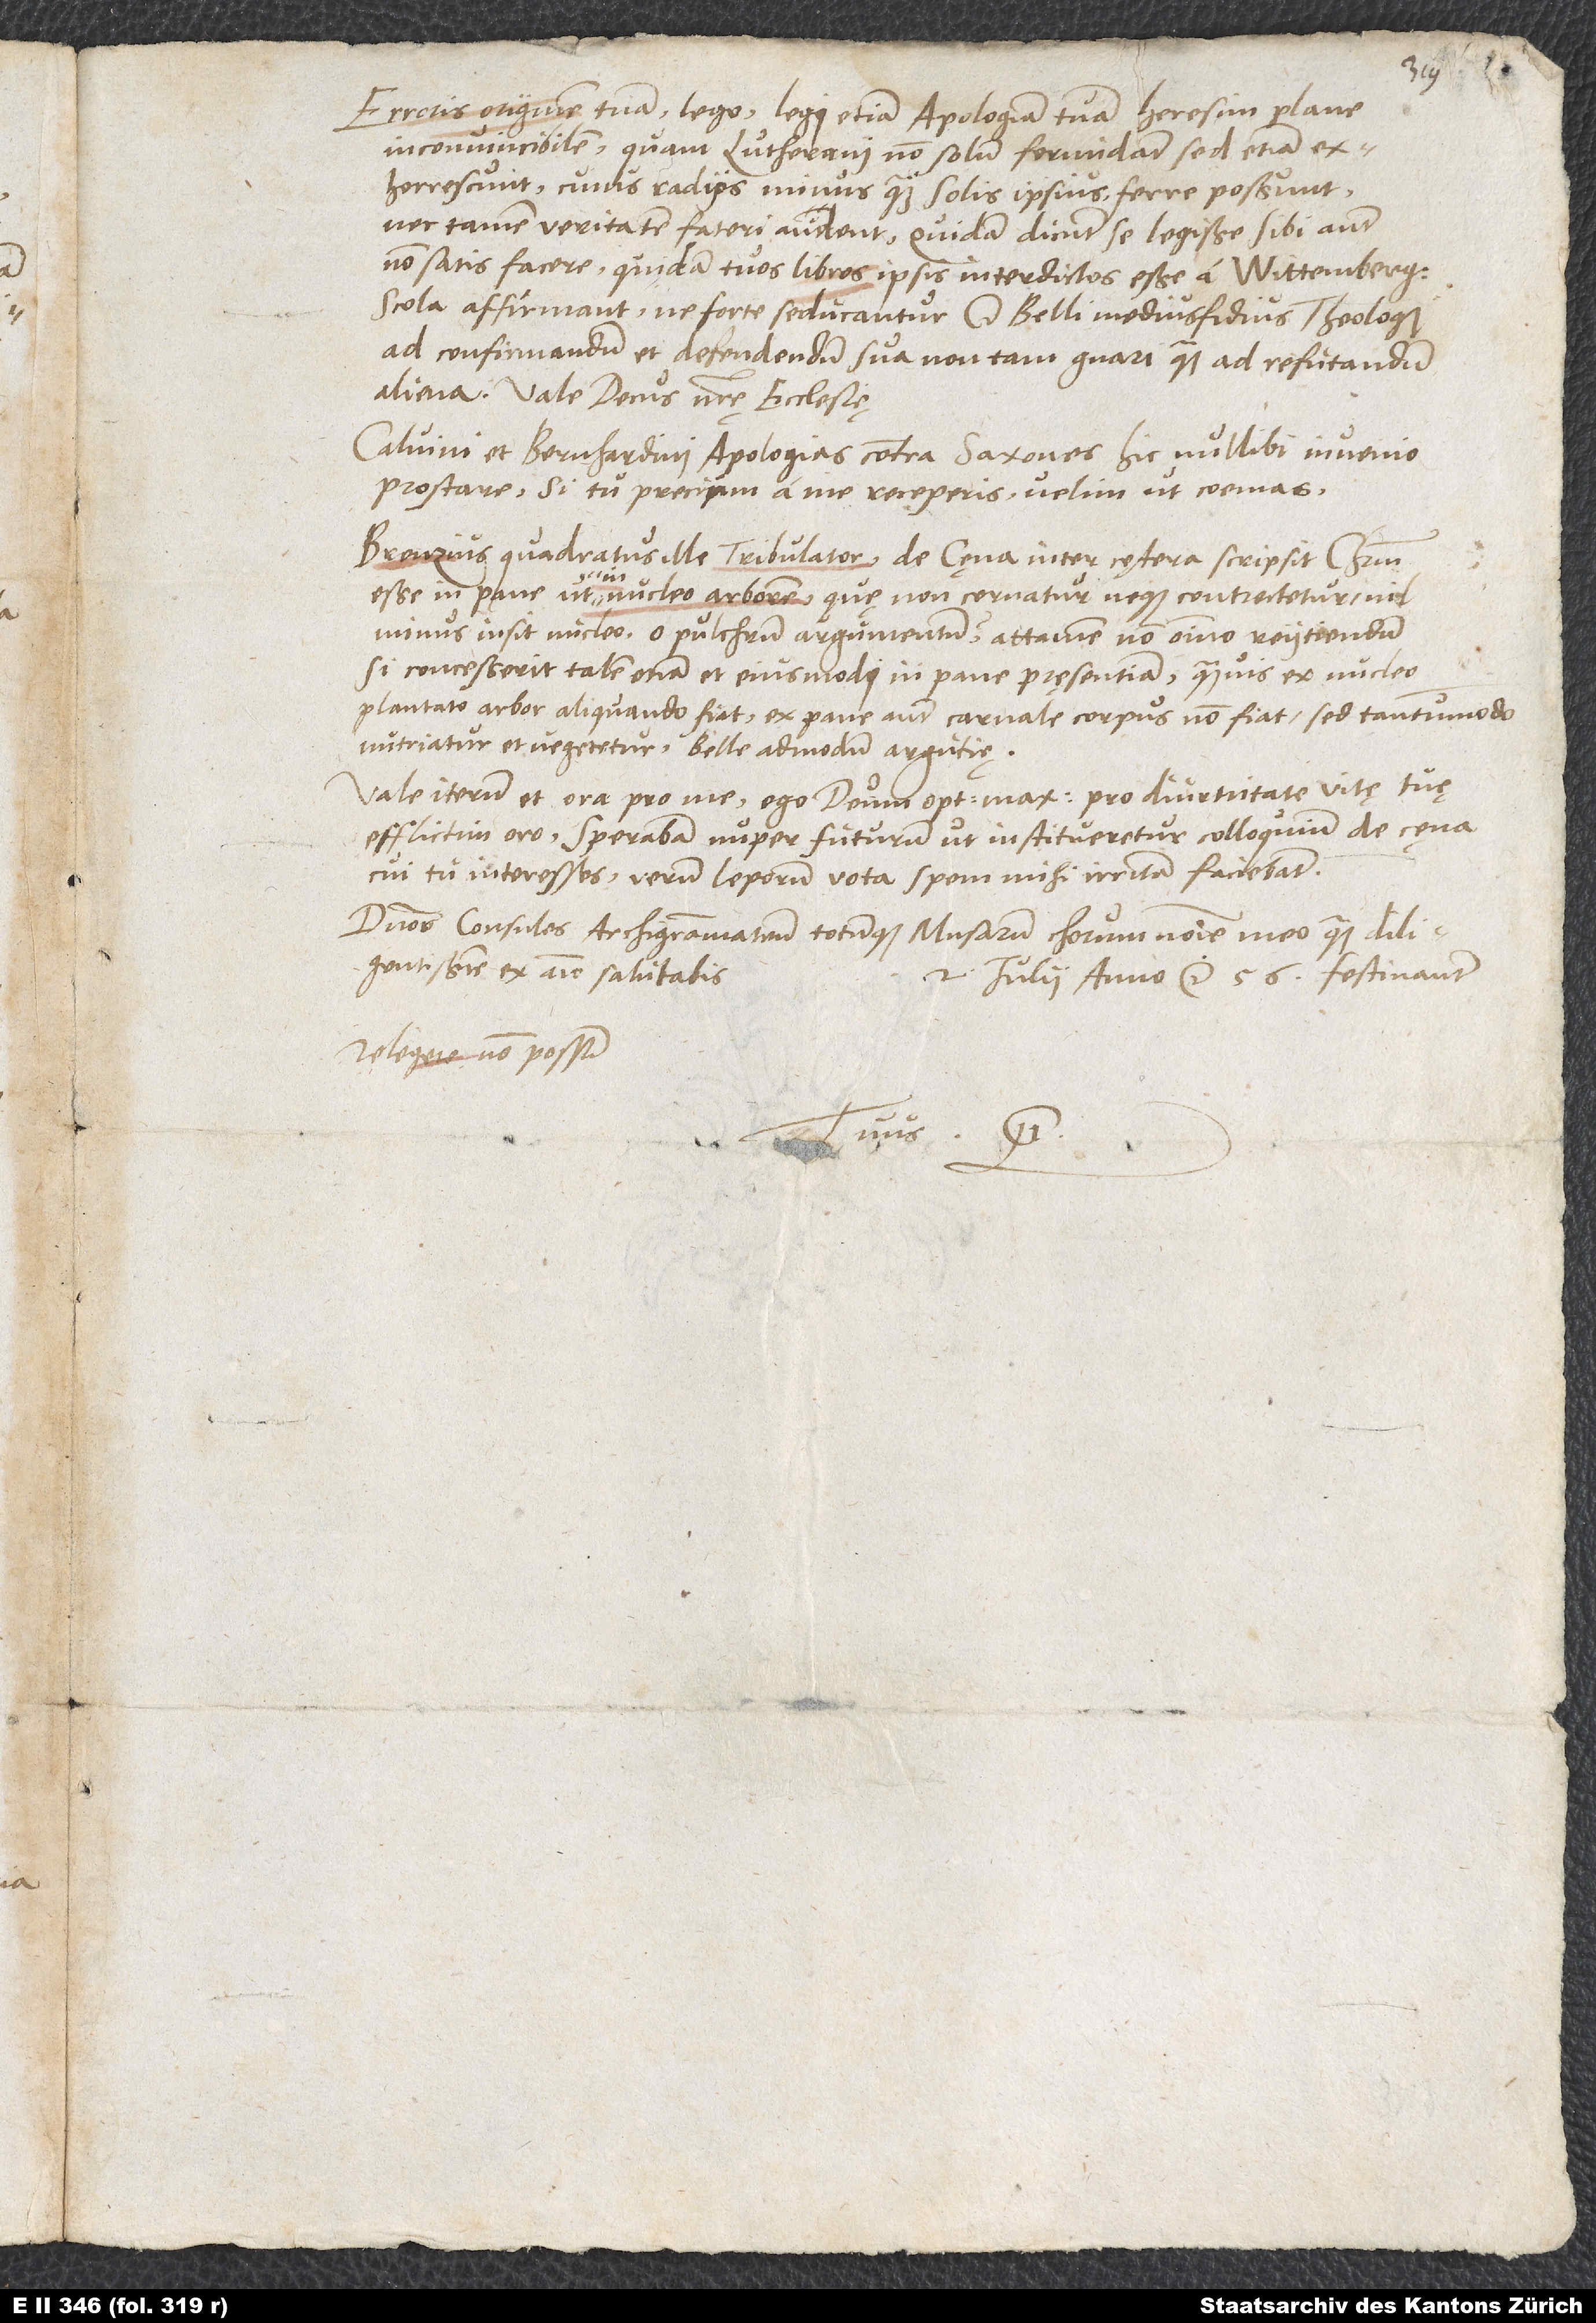
Erroris originem tuam lego, legi etiam apologiam tuam, heresim plane
inconvincibilem, quam Lutherani non solum formidant, sed etiam
exhorrescunt, cuius radios minus quam solis ipsius ferre possunt
nec tamen veritatem fateri audent. Quidam dicunt se legisse, sibi autem
non satisfacere, quidam tuos libros ipsis interdictos esse, a Wittembergensi
scola affirmant, ne forte seducantur. O belli medius fidius theologi
ad confirmandum et defendendum sua non tam gnari quam ad refutandum
aliena. Vale decus nostrę ecclesię.
Calvini et Bernhardini apologias contra Saxones hic nullibi invenio
prostare; si tu precium a me receperis, velim ut coemas.
Brenzius, quadratus ille tribulator, de cęna inter cętera scripsit Christum
esse in pane ut in nucleo arborem, quę non cernatur neque contrectetur, nil
minus insit nucleo. O pulchrum argumentum, attamen non omnino reiiciendum,
si concesserit talem etiam et eiusmodi in pane pręsentiam, quamvis ex nucleo
plantato arbor aliquando fiat, ex pane autem carnale corpus non fiat, sed tantummodo
nutriatur et vegetetur. Belle admodum argutię.
Vale iterum et ora pro me. Ego deum optimum maximum pro diurnitate vitę tuę
efflictim oro. Sperabam nuper futurum, ut institueretur colloquium de cęna,
cui tu interesses; verum leporum vota spem mihi irritam faciebant.
Dominos consules, archigrammateum totumque musarum chorum nomine meo quam
diligentissime ex animo salutabis.
2. iulii anno etc. 56. festinanter.
Relegere non possum.